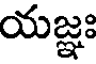
యజ్ఞః